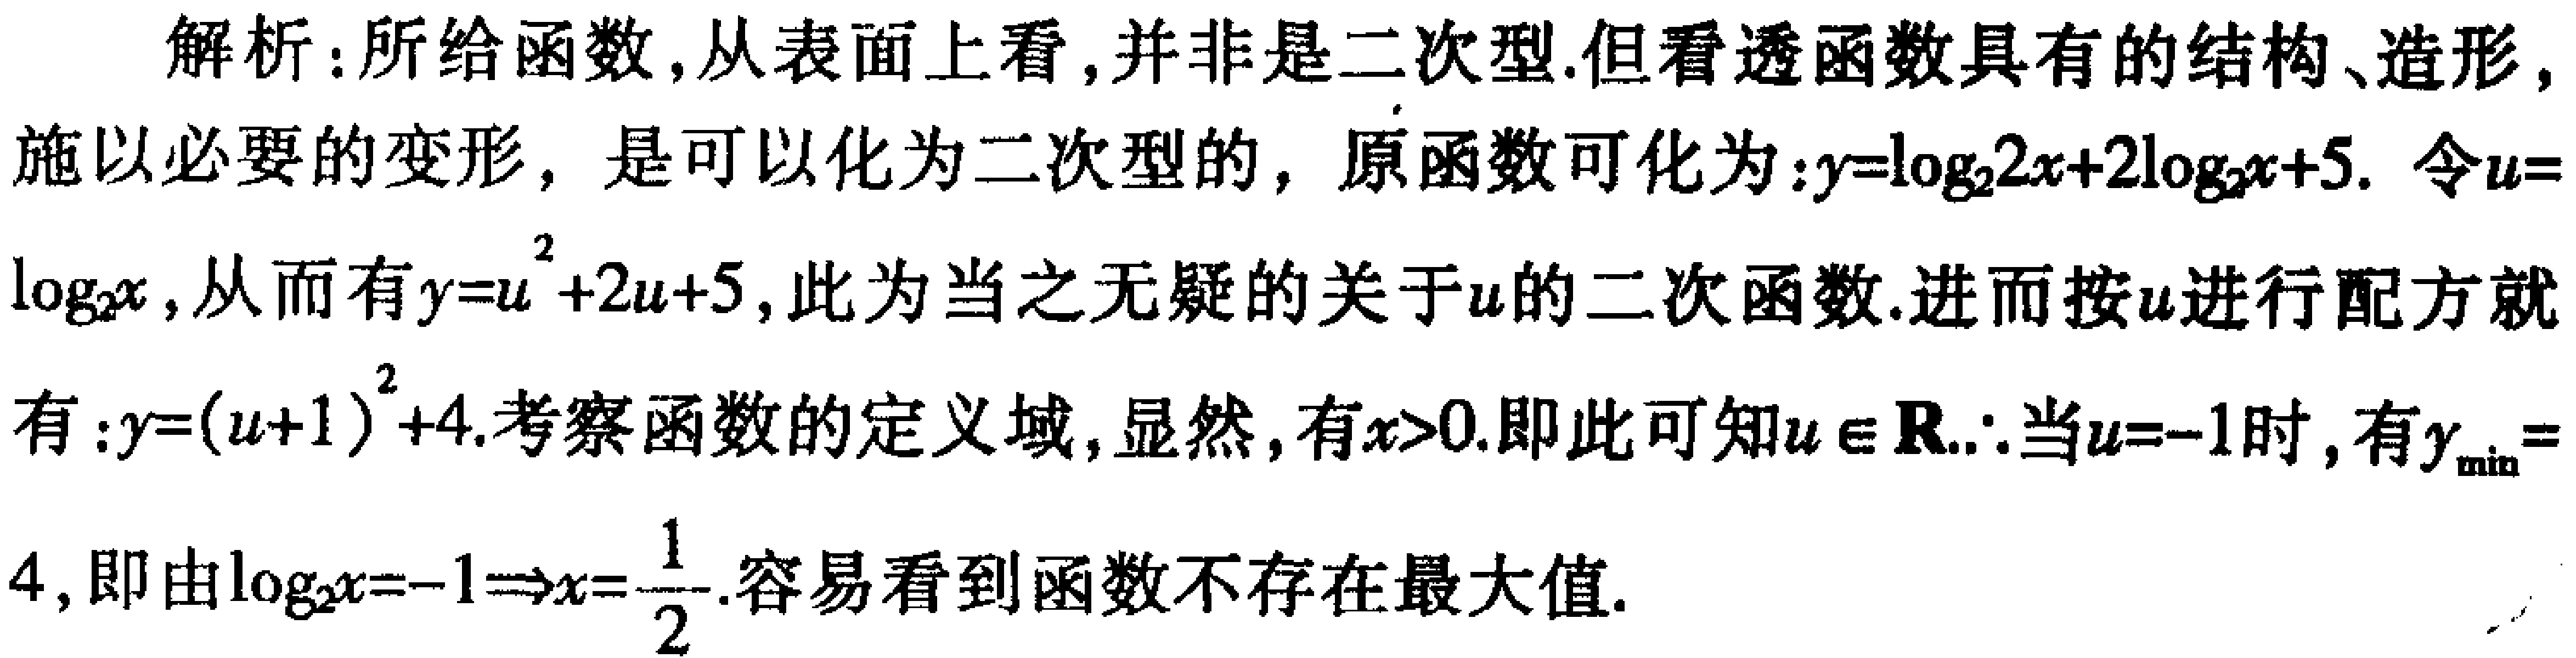
解析：所给函数，从表面上看，并非是二次型.但看透函数具有的结构、造形，施以必要的变形，是可以化为二次型的，原函数可化为：\(y = \log_{2}2x + 2\log_{2}x + 5\). 令\(u = \log_{2}x\)，从而有\(y = u^{2}+2u + 5\)，此为当之无愧的关于\(u\)的二次函数.进而按\(u\)进行配方就有：\(y=(u + 1)^{2}+4\).考察函数的定义域，显然，有\(x>0\).即此可知\(u\in\mathbb{R}\).\(\therefore\)当\(u = - 1\)时，有\(y_{\min}=4\)，即由\(\log_{2}x=-1\Rightarrow x = \frac{1}{2}\).容易看到函数不存在最大值.